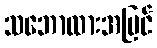
သဘောထားအမြင်